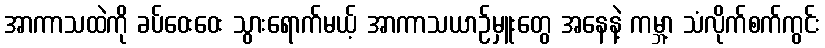
အာကာသထဲကို ခပ်ဝေးဝေး သွားရောက်မယ့် အာကာသယာဉ်မှူးတွေ အနေနဲ့ ကမ္ဘာ့ သံလိုက်စက်ကွင်း